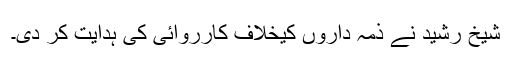
شیخ رشید نے ذمہ داروں کیخلاف کارروائی کی ہدایت کر دی۔